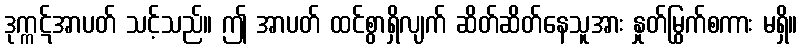
ဒုက္ကဋ်အာပတ် သင့်သည်။ ဤ အာပတ် ထင်စွာရှိလျက် ဆိတ်ဆိတ်နေသူအား နှုတ်မြွက်စကား မရှိ။